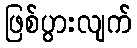
ဖြစ်ပွားလျက်